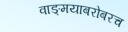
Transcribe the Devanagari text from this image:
वाङ्‌मयाबरोबरच